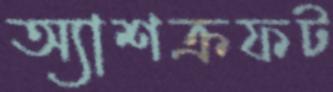
অ্যাশক্রফট